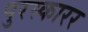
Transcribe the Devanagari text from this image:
पुरस्कारर